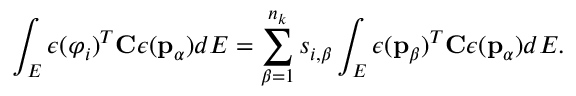
\int _ { E } \boldsymbol { \epsilon } ( \boldsymbol { \varphi } _ { i } ) ^ { T } \mathbf { C } \boldsymbol { \epsilon } ( \mathbf { p } _ { \alpha } ) d E = \sum _ { \beta = 1 } ^ { n _ { k } } s _ { i , \beta } \int _ { E } \boldsymbol { \epsilon } ( \mathbf { p } _ { \beta } ) ^ { T } \mathbf { C } \boldsymbol { \epsilon } ( \mathbf { p } _ { \alpha } ) d E .